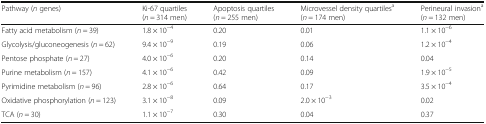
<table><thead><tr><td><b>Pathway (<i>n</i> genes)</b></td><td><b>Ki-67 quartiles (<i>n</i> = 314 men)</b></td><td><b>Apoptosis quartiles (<i>n</i> = 255 men)</b></td><td><b>Microvessel density quartiles<sup>a</sup>(<i>n</i> = 174 men)</b></td><td><b>Perineural invasion<sup>a</sup>(<i>n</i> = 132 men)</b></td></tr></thead><tbody><tr><td>Fatty acid metabolism (<i>n</i> = 39)</td><td>1.8 × 10<sup>−4</sup></td><td>0.20</td><td>0.01</td><td>1.1 × 10<sup>−6</sup></td></tr><tr><td>Glycolysis/gluconeogenesis (<i>n</i> = 62)</td><td>9.4 × 10<sup>−9</sup></td><td>0.19</td><td>0.06</td><td>1.2 × 10<sup>−4</sup></td></tr><tr><td>Pentose phosphate (<i>n</i> = 27)</td><td>4.0 × 10<sup>−6</sup></td><td>0.20</td><td>0.14</td><td>0.04</td></tr><tr><td>Purine metabolism (<i>n</i> = 157)</td><td>4.1 × 10<sup>−6</sup></td><td>0.42</td><td>0.09</td><td>1.9 × 10<sup>−5</sup></td></tr><tr><td>Pyrimidine metabolism (<i>n</i> = 96)</td><td>2.8 × 10<sup>−6</sup></td><td>0.64</td><td>0.17</td><td>3.5 × 10<sup>−4</sup></td></tr><tr><td>Oxidative phosphorylation (<i>n</i> = 123)</td><td>3.1 × 10<sup>−8</sup></td><td>0.09</td><td>2.0 × 10<sup>−3</sup></td><td>0.02</td></tr><tr><td>TCA (<i>n</i> = 30)</td><td>1.1 × 10<sup>−7</sup></td><td>0.30</td><td>0.04</td><td>0.37</td></tr></tbody></table>